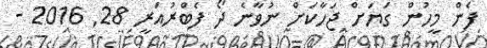
ފެން މީހުން ގަޔަށް ޖަހާކަށް ނުވާނެ ދޯ ފެބްރުއަރީ 28